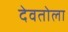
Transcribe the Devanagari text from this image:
देवतोला